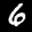
Label: 6